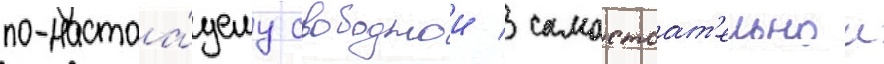
по-настоа́щему свободнои / самостоат'ельнои